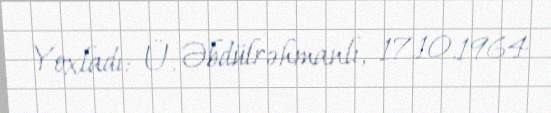
Yoxladı: Ü. Əbdülrəhmanlı, 17.10.1964